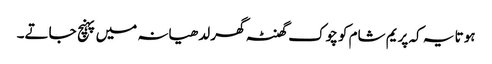
ہوتا یہ کہ پریم شام کو چوک گھنٹہ گھر لدھیانہ میں پہنچ جاتے۔